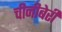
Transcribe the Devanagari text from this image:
चीनीबेरी